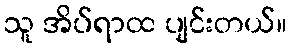
သူ အိပ်ရာထ ပျင်းတယ်။